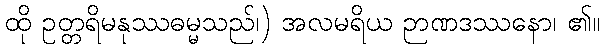
ထို ဥတ္တရိမနုဿဓမ္မသည်၊) အလမရိယ ဉာဏဒဿနော၊ ၏။